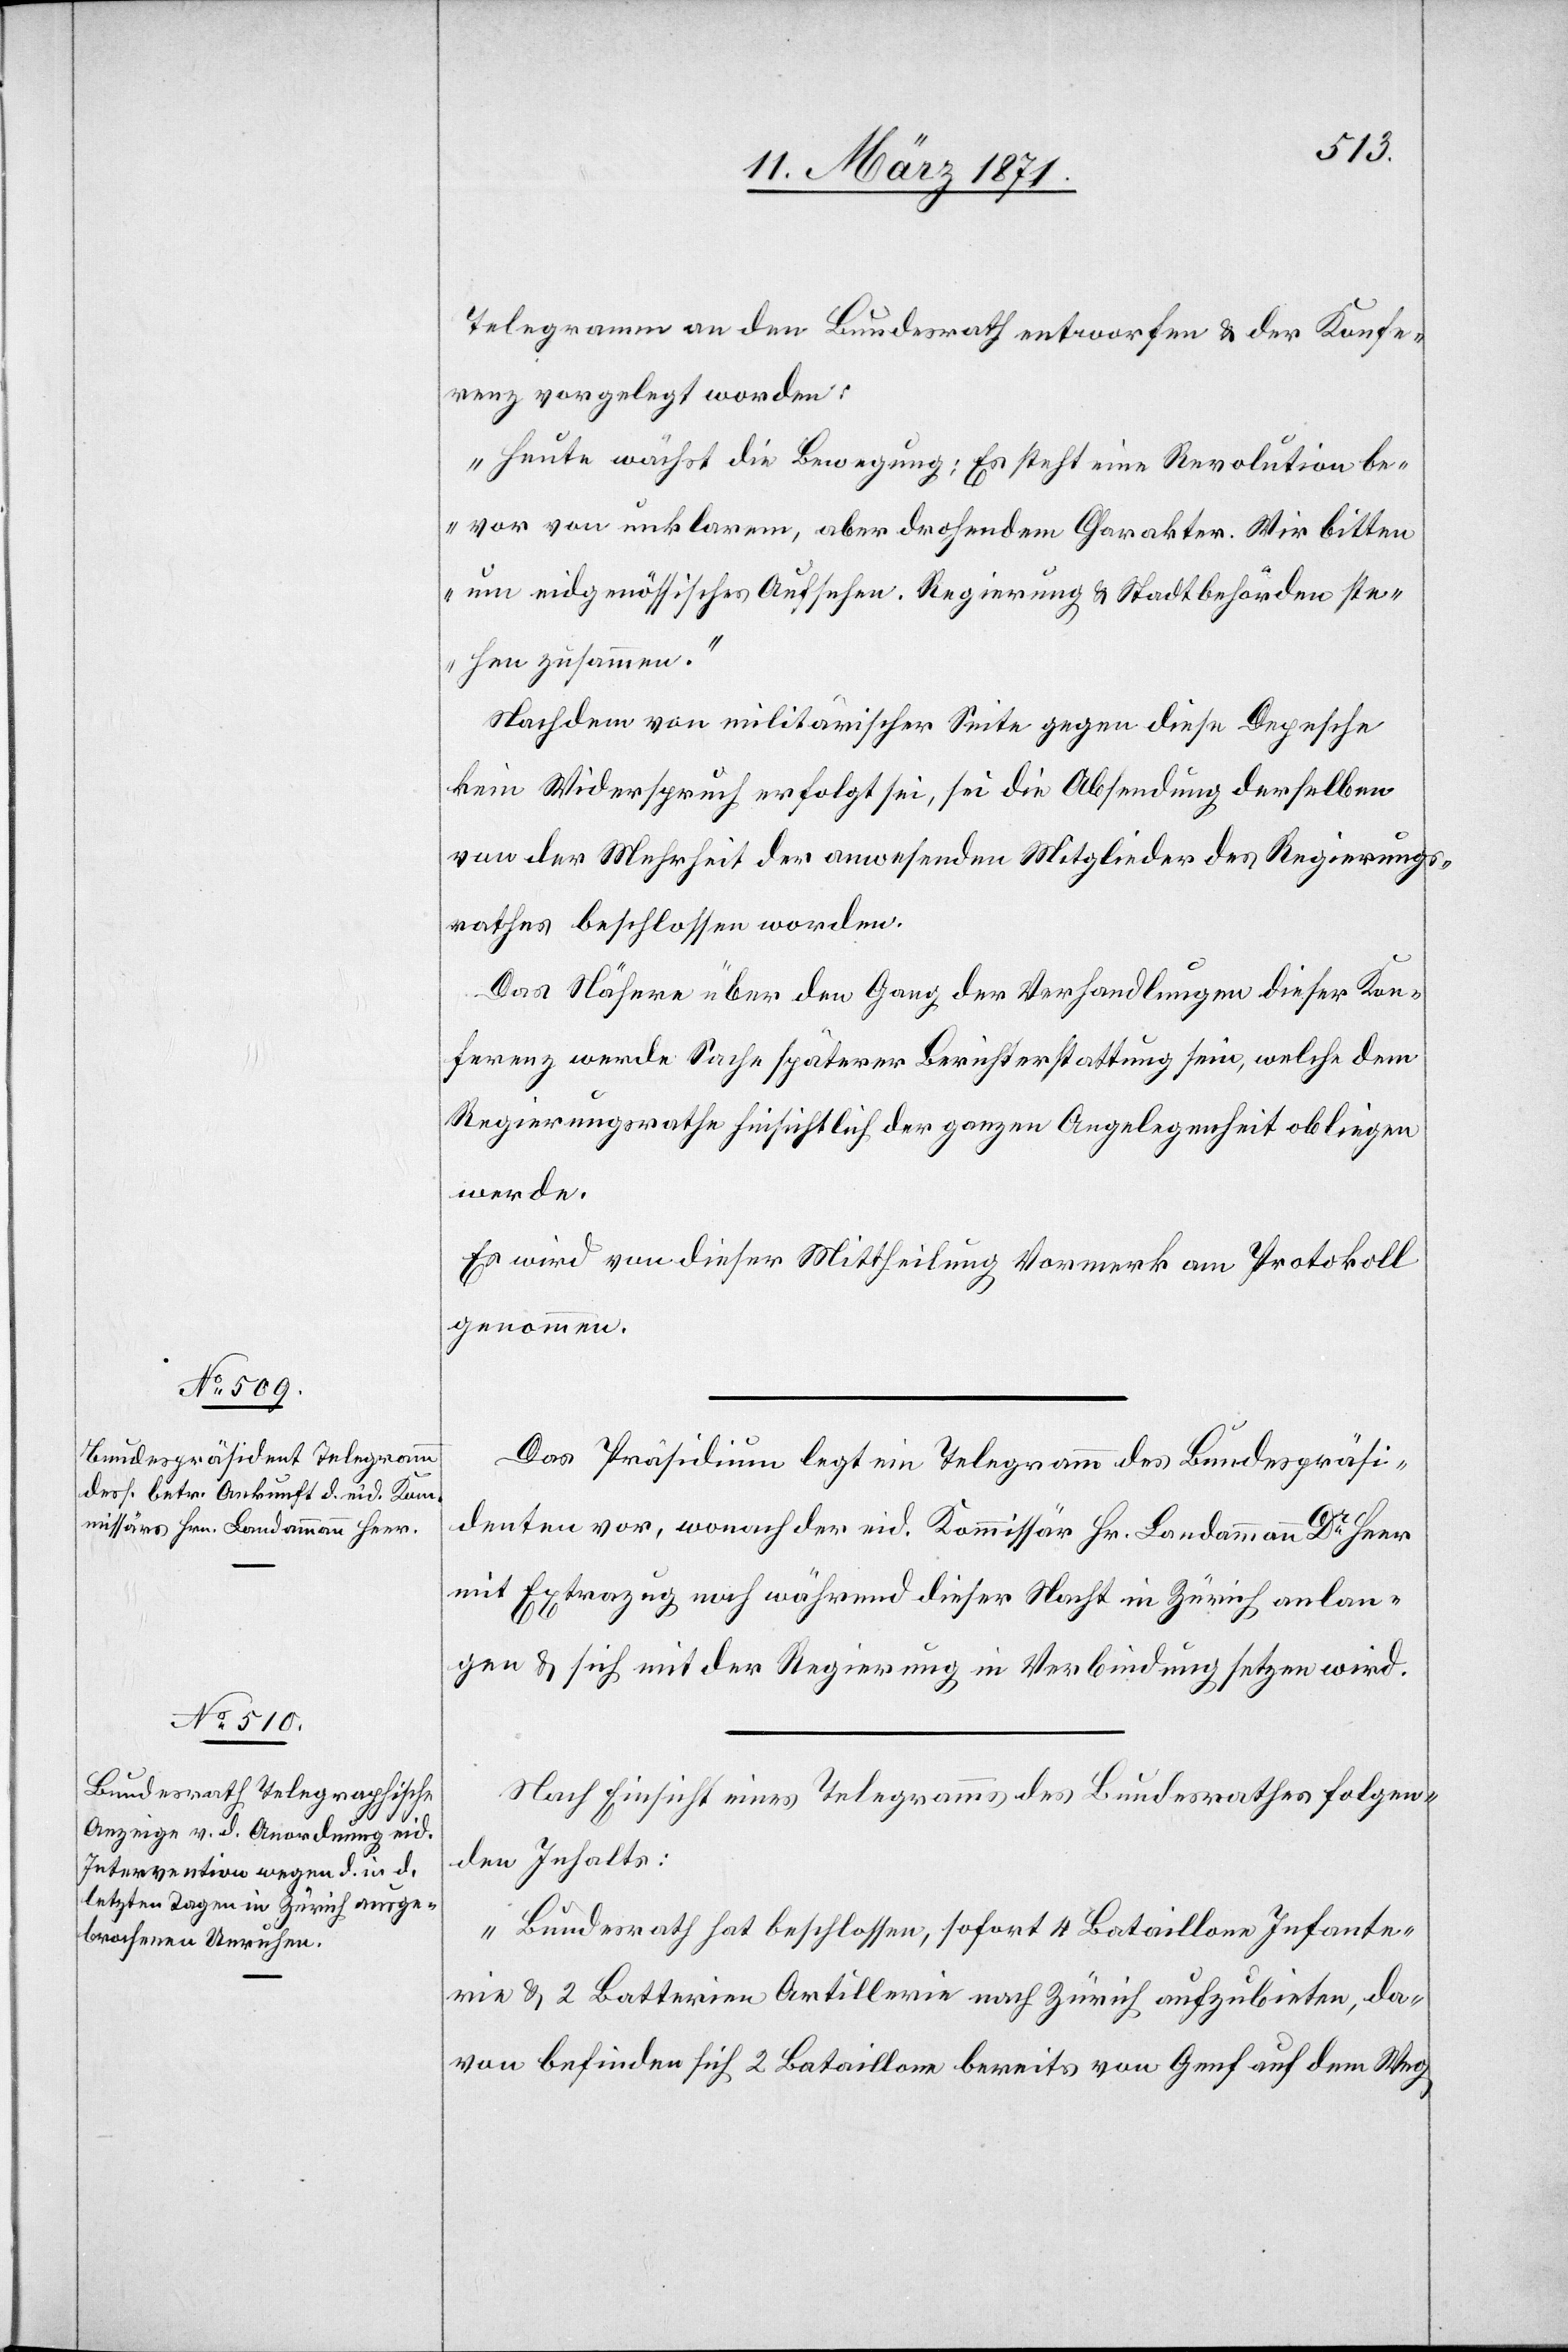
Telegramm an den Bundesrath entworfen u. der Konfe¬
renz vorgelegt worden:
„Heute wächst die Bewegung: Es steht eine Revolution be¬
vor von unklarem, aber drohendem Charakter. Wir bitten
um eidgenössisches Aufsehen. Regierung u. Stadtbehörden ste¬
hen zusammen.“
Nachdem von militärischer Seite gegen diese Depesche
kein Widerspruch erfolgt sei, sei die Absendung derselben
von der Mehrheit der anwesenden Mitglieder des Regierungs¬
rathes beschossen worden.
Das Nähere über den Gang der Verhandlungen dieser Kon¬
ferenz werde Sache späterer Berichterstattung sein, welche dem
Regierungsrathe hinsichtlich der ganzen Angelegenheit obliegen
werde.
Es wird von dieser Mittheilung Vormerk am Protokoll
genommen.
Das Präsidium legt ein Telegramm des Bundespräsi¬
denten vor, wonach der eid. Kommissär Hr. Landammann Dr. Heer
mit Extrazug noch während dieser Nacht in Zürich anlan¬
gen u. sich mit der Regierung in Verbindung setzen wird.
Nach Einsicht eines Telegramms des Bundesrathes folgen¬
den Inhalts:
„Bundesrath hat beschlossen, sofort 4 Bataillone Infante¬
rie u. 2 Batterien Artillerie nach Zürich aufzubieten, da¬
von befinden sich 2 Bataillone bereits von Genf auf dem Weg